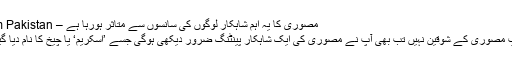
مصوری کا یہ اہم شاہکار لوگوں کی سانسوں سے متاثر ہورہا ہے – Hum Pakistan
اگر آپ مصوری کے شوقین نہیں تب بھی آپ نے مصوری کی ایک شاہکار پینٹنگ ضرور دیکھی ہوگی جسے ’اسکریم‘ یا چیخ کا نام دیا گیا ہے۔